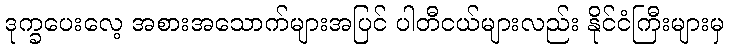
ဒုက္ခပေးလေ့ အစားအသောက်များအပြင် ပါတီငယ်များလည်း နိုင်ငံကြီးများမှ